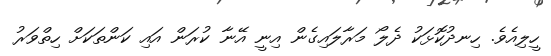
ހީލިއެވެ. ހިނދުކޮޅަކު ދެލޯ މަރާލައިގެން އިނީ އޭނާ ކުރަން އައި ކަންތަކަށް ހިތްވަރު